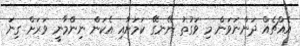
އެއްޗެއް ދަންނަވަން މި ވަގުތު ނޭނގޭ ކަމަށާއި އެކަން ނިންމާނީ ވަރަށް ގިނަ